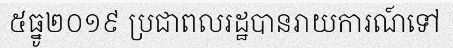
៥ធ្នូ២០១៩ ប្រជាពលរដ្ឋបានរាយការណ៍ទៅ